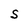
Character: S